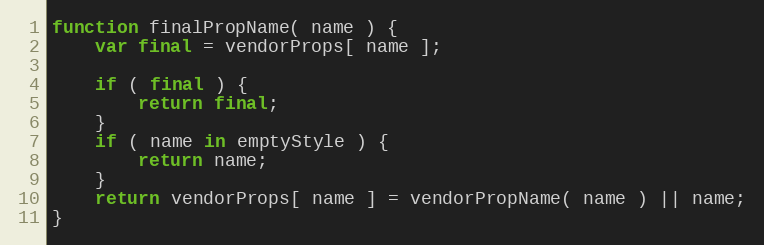
Language: JavaScript
function finalPropName( name ) {
	var final = vendorProps[ name ];

	if ( final ) {
		return final;
	}
	if ( name in emptyStyle ) {
		return name;
	}
	return vendorProps[ name ] = vendorPropName( name ) || name;
}